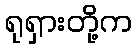
ရုရှားတို့က